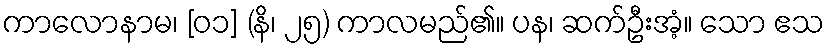
ကာလောနာမ၊ [၀၁] (နိ၊ ၂၅) ကာလမည်၏။ ပန၊ ဆက်ဦးအံ့။ သော ဧသ